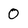
Character: 0